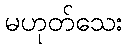
မဟုတ်သေး